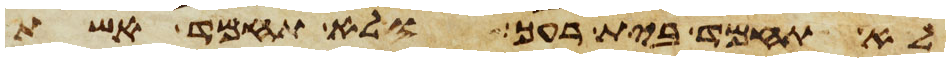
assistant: לא תחמד בית רעך ולא תחמד אשת